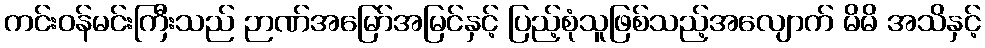
ကင်းဝန်မင်းကြီးသည် ဉာဏ်အမြော်အမြင်နှင့် ပြည့်စုံသူဖြစ်သည့်အလျောက် မိမိ အသိနှင့်